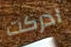
ادركت